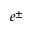
e ^ { \pm }